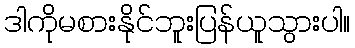
ဒါကိုမစားနိုင်ဘူးပြန်ယူသွားပါ။